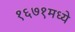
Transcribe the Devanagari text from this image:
१६७१मध्ये